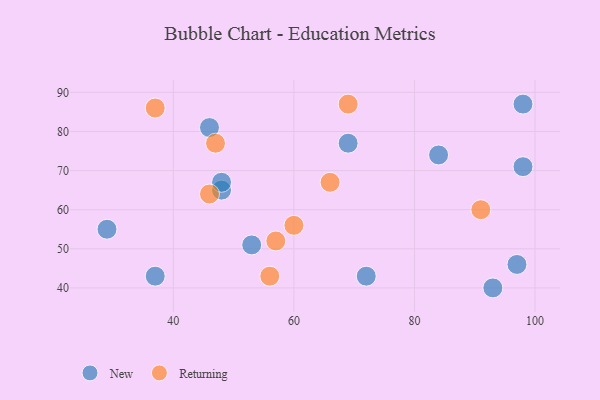
{"axis": {"x": "GDP", "y": "Life Expectancy"}, "legend": ["New", "Returning"], "data": [{"x": "98", "y": 87, "type": "New"}, {"x": "48", "y": 65, "type": "New"}, {"x": "29", "y": 55, "type": "New"}, {"x": "98", "y": 71, "type": "New"}, {"x": "46", "y": 81, "type": "New"}, {"x": "93", "y": 40, "type": "New"}, {"x": "69", "y": 77, "type": "New"}, {"x": "53", "y": 51, "type": "New"}, {"x": "37", "y": 43, "type": "New"}, {"x": "84", "y": 74, "type": "New"}, {"x": "72", "y": 43, "type": "New"}, {"x": "48", "y": 67, "type": "New"}, {"x": "97", "y": 46, "type": "New"}, {"x": "56", "y": 43, "type": "Returning"}, {"x": "37", "y": 86, "type": "Returning"}, {"x": "46", "y": 64, "type": "Returning"}, {"x": "66", "y": 67, "type": "Returning"}, {"x": "47", "y": 77, "type": "Returning"}, {"x": "91", "y": 60, "type": "Returning"}, {"x": "60", "y": 56, "type": "Returning"}, {"x": "57", "y": 52, "type": "Returning"}, {"x": "69", "y": 87, "type": "Returning"}]}